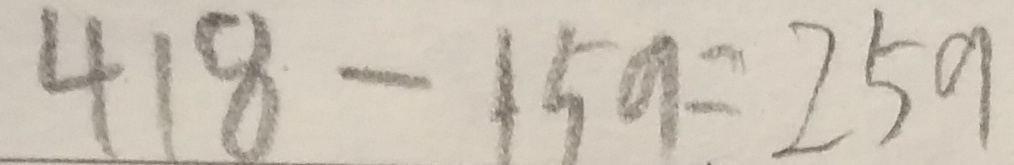
4 1 8 - 1 5 9 = 2 5 9